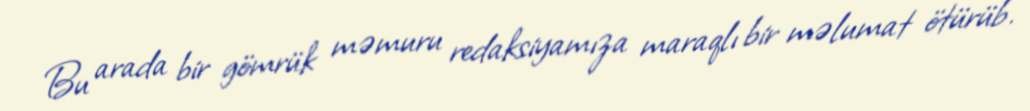
Bu arada bir gömrük məmuru redaksiyamıza maraqlı bir məlumat ötürüb.